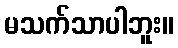
မသက်သာပါဘူး။